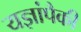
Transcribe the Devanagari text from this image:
यज्ञांपैकी